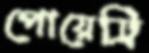
পোয়েট্রি